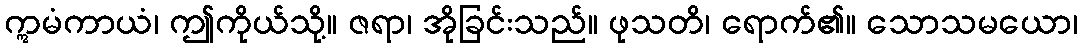
ဣမံကာယံ၊ ဤကိုယ်သို့။ ဇရာ၊ အိုခြင်းသည်။ ဖုသတိ၊ ရောက်၏။ သောသမယော၊